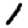
Digit: 1